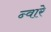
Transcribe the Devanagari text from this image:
न्वारे